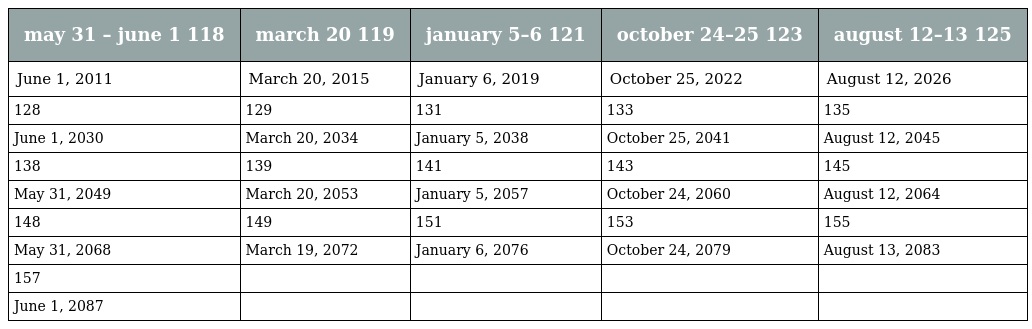
| may 31 – june 1 118 | march 20 119 | january 5–6 121 | october 24–25 123 | august 12–13 125 |
 | --- | --- | --- | --- | --- |
 | June 1, 2011 | March 20, 2015 | January 6, 2019 | October 25, 2022 | August 12, 2026 |
 | 128 | 129 | 131 | 133 | 135 |
 | June 1, 2030 | March 20, 2034 | January 5, 2038 | October 25, 2041 | August 12, 2045 |
 | 138 | 139 | 141 | 143 | 145 |
 | May 31, 2049 | March 20, 2053 | January 5, 2057 | October 24, 2060 | August 12, 2064 |
 | 148 | 149 | 151 | 153 | 155 |
 | May 31, 2068 | March 19, 2072 | January 6, 2076 | October 24, 2079 | August 13, 2083 |
 | 157 |  |  |  |  |
 | June 1, 2087 |  |  |  |  |